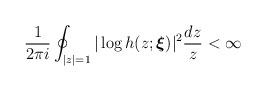
LaTeX: \begin{align*}\frac{1}{2\pi i}\oint_{|z|=1} |\log{h(z;\boldsymbol{\xi})}|^2\frac{dz}{z}<\infty\end{align*}